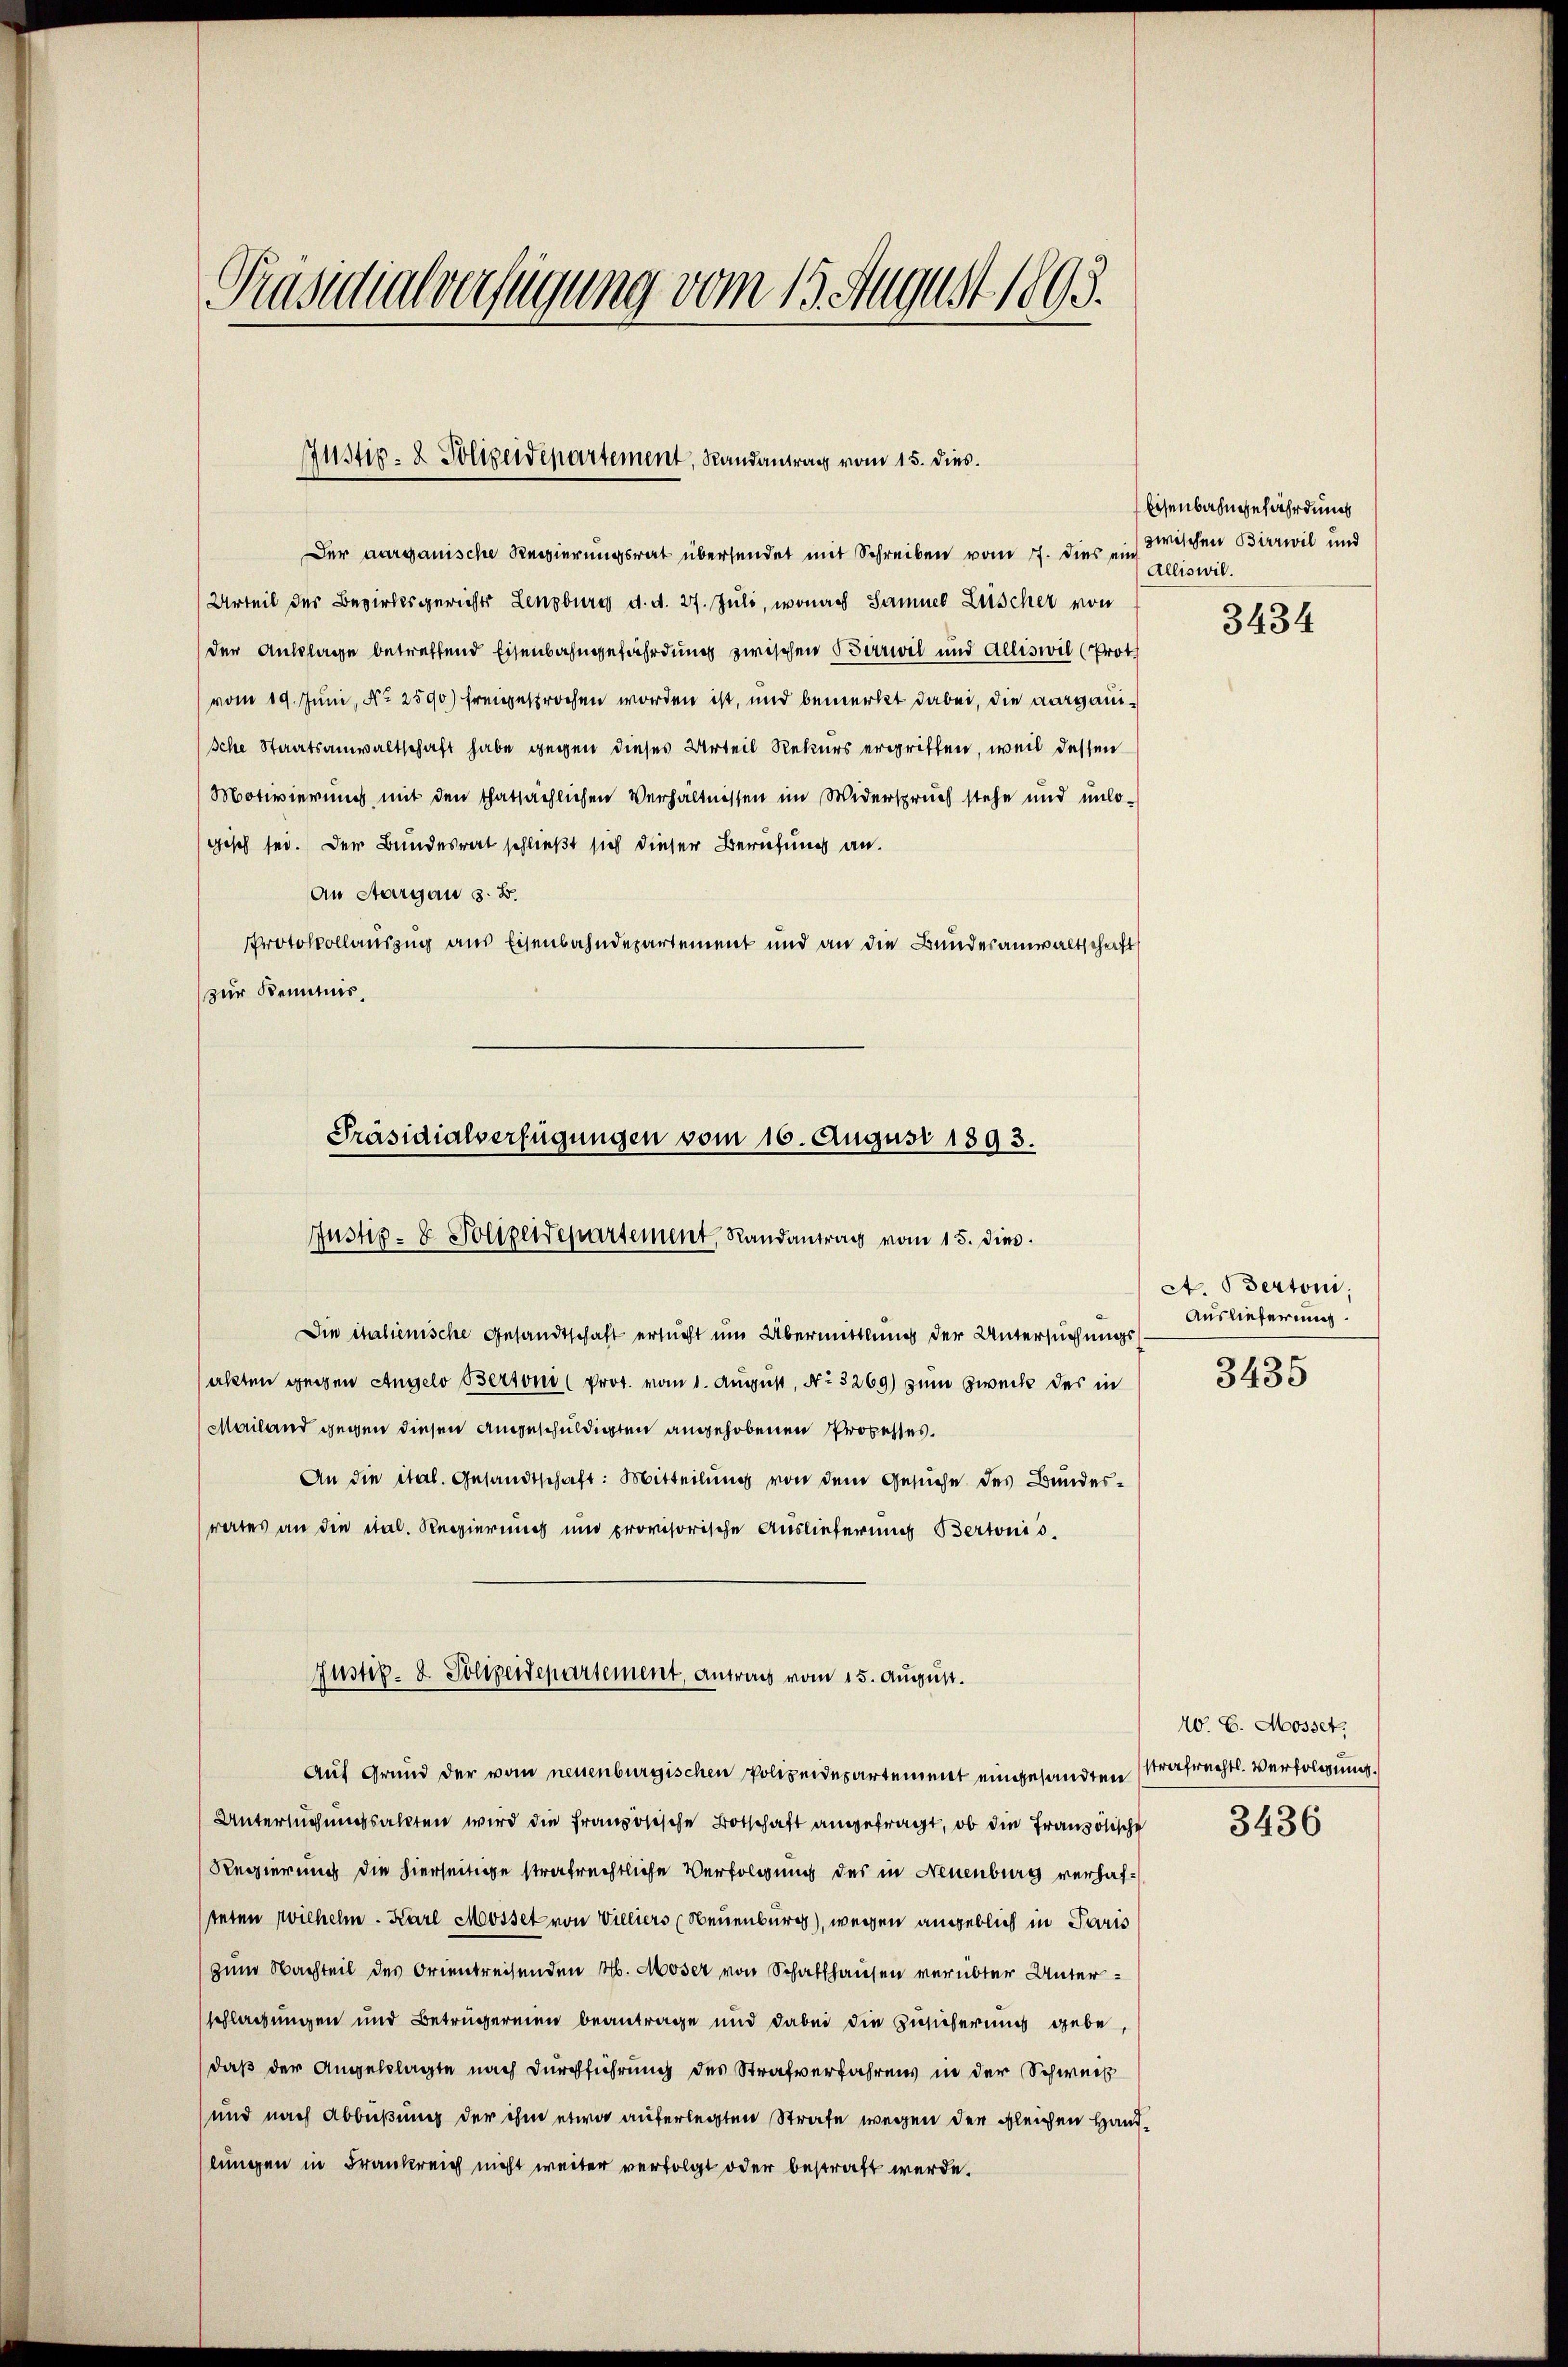
Präsidialverfügung vom 15. August 1893.

Justiz- & Polizeidepartement, Randantrag vom 15. dies.

Der aargauische Regierungsrat übersendet mit Schreiben vom 7. dies zwischen Birrwil und
Urteil der Bezirksgerichte Lenzburg d. d. 27. Juli, wonach Sammel Luischer von
der Auslage betreffend Eisenbahngefährdung zwischen Birwil und Alleswil (Proth
vom 19. Juni, No 2590) freigesprochen worden ist, und bemerkt dabei, die aargauische Staatsanwaltschaft habe gegen dieses Urteil Rekurs ergriffen, weil dessen
Motivierung mit den thatsächlichen Verhältnissen im Widerspruch stehe und unlo-
gisch sei. Der Bundesrat schließt sich dieser Berufung an.
An Aargau d. B.
Protokollauszug aus Eisenbahndepartement und an die Bunderanwaltschrift
zur Kenntnis,

Präsidialverfügungen vom 16. Augusi 1893.
Justiz- & Polizendepartement Randantrag vom 15. dies

Die italienische Gesandtschaft ersucht um Übermittlung der Untersuchungssakten gegen Angelo Bertoni (Prot. vom 1. August, No. 3269) zum Zweck des in
Mailand gegen diesen angeschuldigten angehobenen Prozesses.
An die ital. Gesandtschaft: Mitteilung von dem Gesuche des Bundes-
rates an die ital. Regierung und provisorische Auslieferung Bertonis.
Auf Grund der vom neuenburgischen Polizeidesartement eingesandten Strafrechts-Verfolgung.
Untersuchungsakten wird die französische Botschaft angefragt, ob die Französische
Regierung die hierseitige strafrechtliche Verfolgung des in Neuenburg verhafteten Wilhelm. Karl Meosset von Villiers (Neuenburg), wegen angeblich in Paris
zum Nachteil des Orientreisenden M. Moser von Schaffhause verübter Unterschlagungen und Betrugereien beantrage und dabei die Zusicherung gebe,
daß der Angeklagte nach Durchführung des Strafverfahrens in der Schweiz
und nach Abbüßung der ihm etwa auferlegten Strafe wegen der gleichen Handlungen in Frankreich nicht weiter verfolgt oder bestraft werde.

Justiz- & Polizeidepartement, antrag vom 15. August.

Eisenbahngefährdung
Alliswil.

3434

A. Bertoni.
Auslieferung.
3435

40. 6. Mosser,
3436